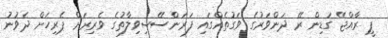
ޕީ ރާއްޖޭ ގަޑިން ރޭ ދަންވަރުގެ ވަގުތެއްގައި ފަރަންސޭސިވިލާތުގެ ވެރިރަށް ޕެރިހަށް ދެވުނު